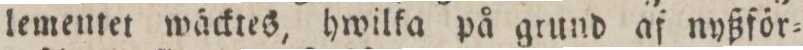
lementet wäcktes, hwilka på grund af nyßför=